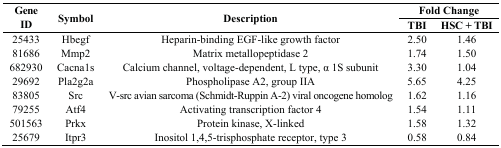
<table><thead><tr><td rowspan="2"><b>Gene ID</b></td><td rowspan="2"><b>Symbol</b></td><td rowspan="2"><b>Description</b></td><td colspan="2"><b>Fold Change</b></td></tr><tr><td><b>TBI</b></td><td><b>HSC + TBI</b></td></tr></thead><tbody><tr><td>25433</td><td>Hbegf</td><td>Heparin-binding EGF-like growth factor</td><td>2.50</td><td>1.46</td></tr><tr><td>81686</td><td>Mmp2</td><td>Matrix metallopeptidase 2</td><td>1.74</td><td>1.50</td></tr><tr><td>682930</td><td>Cacna1s</td><td>Calcium channel, voltage-dependent, L type, α 1S subunit</td><td>3.30</td><td>1.04</td></tr><tr><td>29692</td><td>Pla2g2a</td><td>Phospholipase A2, group IIA</td><td>5.65</td><td>4.25</td></tr><tr><td>83805</td><td>Src</td><td>V-src avian sarcoma (Schmidt-Ruppin A-2) viral oncogene homolog</td><td>1.62</td><td>1.16</td></tr><tr><td>79255</td><td>Atf4</td><td>Activating transcription factor 4</td><td>1.54</td><td>1.11</td></tr><tr><td>501563</td><td>Prkx</td><td>Protein kinase, X-linked</td><td>1.58</td><td>1.32</td></tr><tr><td>25679</td><td>Itpr3</td><td>Inositol 1,4,5-trisphosphate receptor, type 3</td><td>0.58</td><td>0.84</td></tr></tbody></table>